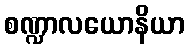
စဏ္ဍာလယောနိယာ